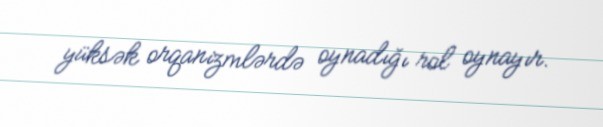
yüksək orqanizmlərdə oynadığı rol oynayır.